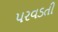
પરવડતી